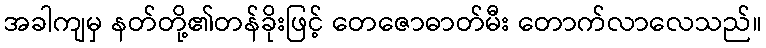
အခါကျမှ နတ်တို့၏တန်ခိုးဖြင့် တေဇောဓာတ်မီး တောက်လာလေသည်။